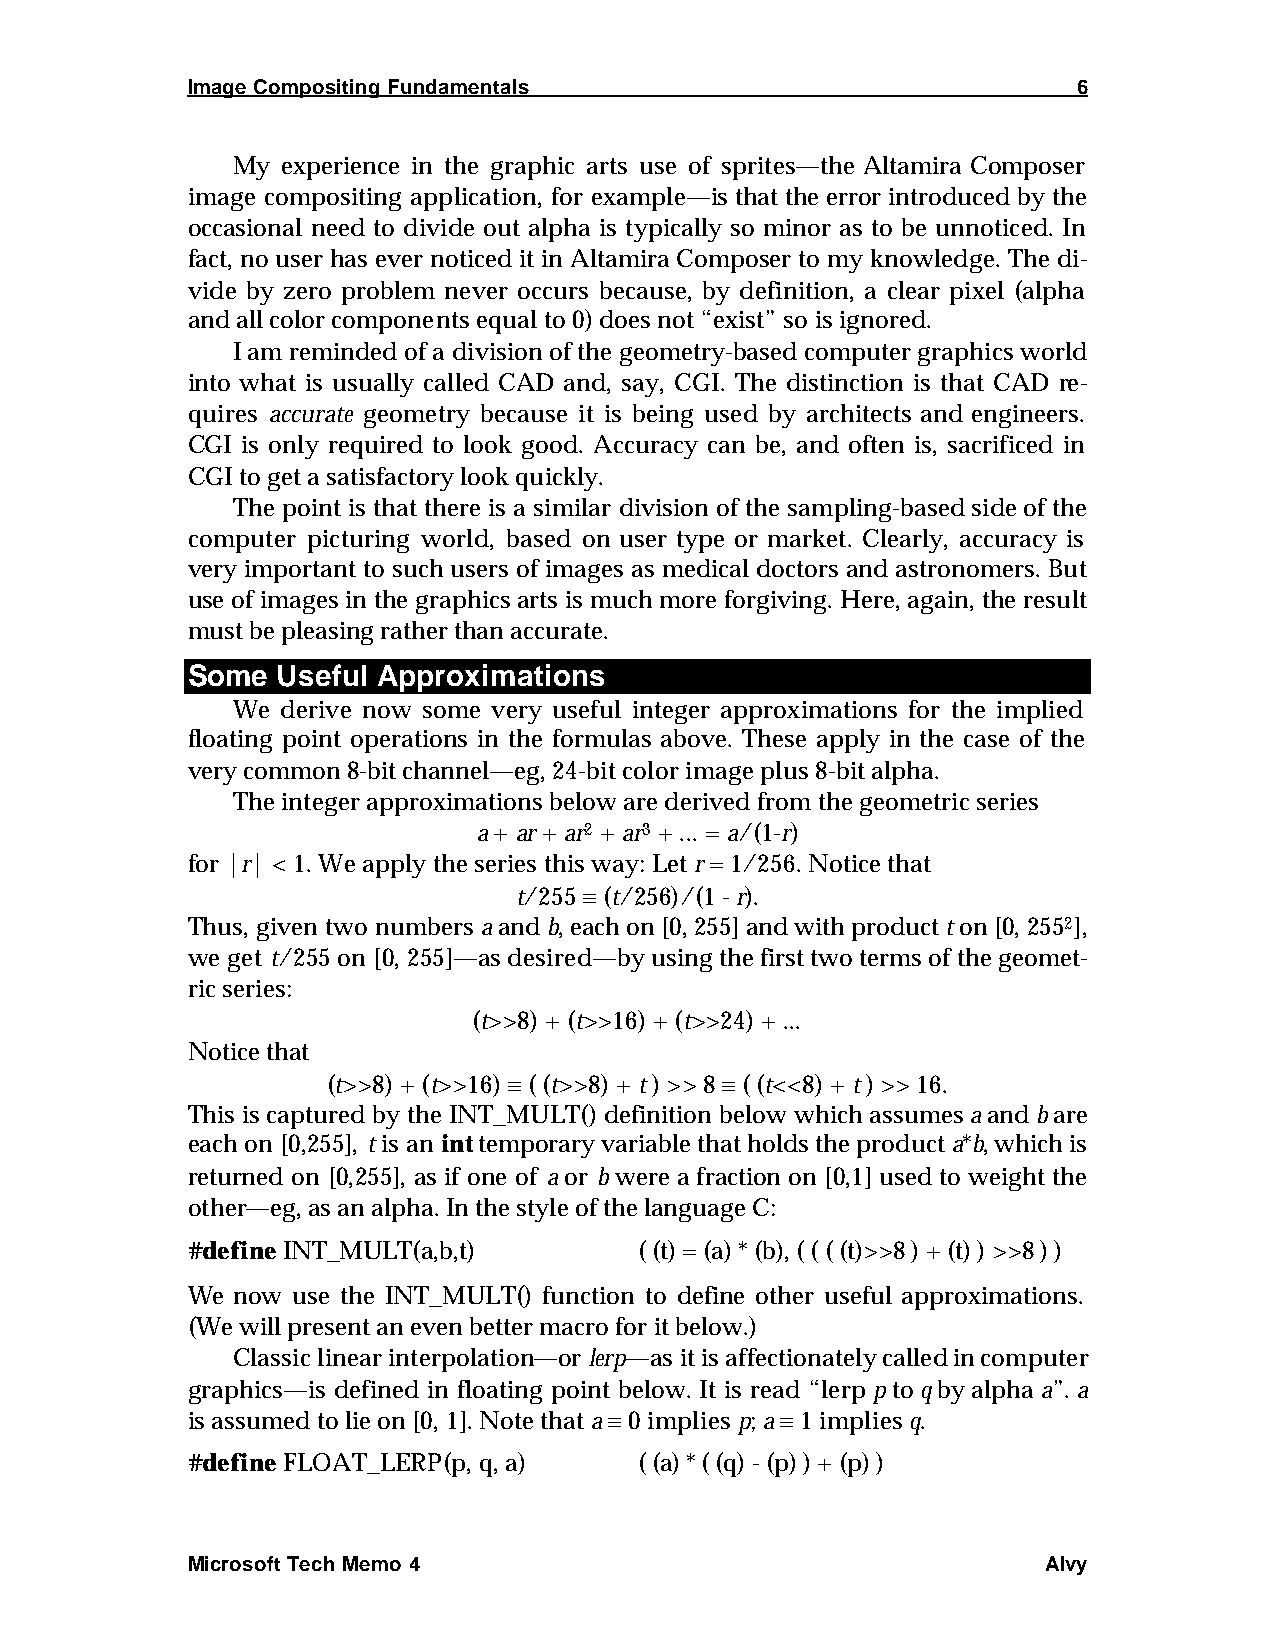
Image Compositing Fundamentals                             6
 My  experience in the graphic arts use of sprites—the Altamira Composer
 image compositing application, for example—is that the error introduced by the
 occasional need to divide out alpha is typically so minor as to be unnoticed. In
 fact, no user has ever noticed it in Altamira Composer to my knowledge. The di-
 vide by zero problem never occurs because, by definition, a clear pixel (alpha
 and all color components equal to 0) does not “exist” so is ignored.
 I am reminded of a division of the geometry-based computer graphics world
 into what is usually called CAD and, say, CGI. The distinction is that CAD re-
 quires accurate geometry because it is being used by architects and engineers.
 CGI is only required to look good. Accuracy can be, and often is, sacrificed in
 CGI to get a satisfactory look quickly.
 The point is that there is a similar division of the sampling-based side of the
 computer picturing world, based on user type or market. Clearly, accuracy is
 very important to such users of images as medical doctors and astronomers. But
 use of images in the graphics arts is much more forgiving. Here, again, the result
 must be pleasing rather than accurate.
 Some  Useful Approximations
 We  derive now some very useful integer approximations for the implied
 floating point operations in the formulas above. These apply in the case of the
 very common 8-bit channel—eg, 24-bit color image plus 8-bit alpha.
 The integer approximations below are derived from the geometric series
 a + ar + ar2 + ar3 + ... = a/(1-r)
 for |r| < 1. We apply the series this way: Let r = 1/256. Notice that
 t/255 ” (t/256)/(1 - r).
 Thus, given two numbers a and b, each on [0, 255] and with product t on [0, 2552],
 we get t/255 on [0, 255]—as desired—by using the first two terms of the geomet-
 ric series:
 (t>>8) + (t>>16) + (t>>24) + ...
 Notice that
 (t>>8) + (t>>16) ” ( (t>>8) + t ) >> 8 ” ( (t<<8) + t ) >> 16.
 This is captured by the INT_MULT() definition below which assumes a and b are
 each on [0,255], t is an int temporary variable that holds the product a*b, which is
 returned on [0,255], as if one of a or b were a fraction on [0,1] used to weight the
 other—eg, as an alpha. In the style of the language C:
 #define INT_MULT(a,b,t)       ( (t) = (a) * (b), ( ( ( (t)>>8 ) + (t) ) >>8 ) )
 We  now use the INT_MULT() function to define other useful approximations.
 (We will present an even better macro for it below.)
 Classic linear interpolation—or lerp—as it is affectionately called in computer
 graphics—is defined in floating point below. It is read “lerp p to q by alpha a”. a
 is assumed to lie on [0, 1]. Note that a ” 0 implies p; a ” 1 implies q.
 #define FLOAT_LERP(p, q, a)   ( (a) * ( (q) - (p) ) + (p) )
 Microsoft Tech Memo 4                                    Alvy